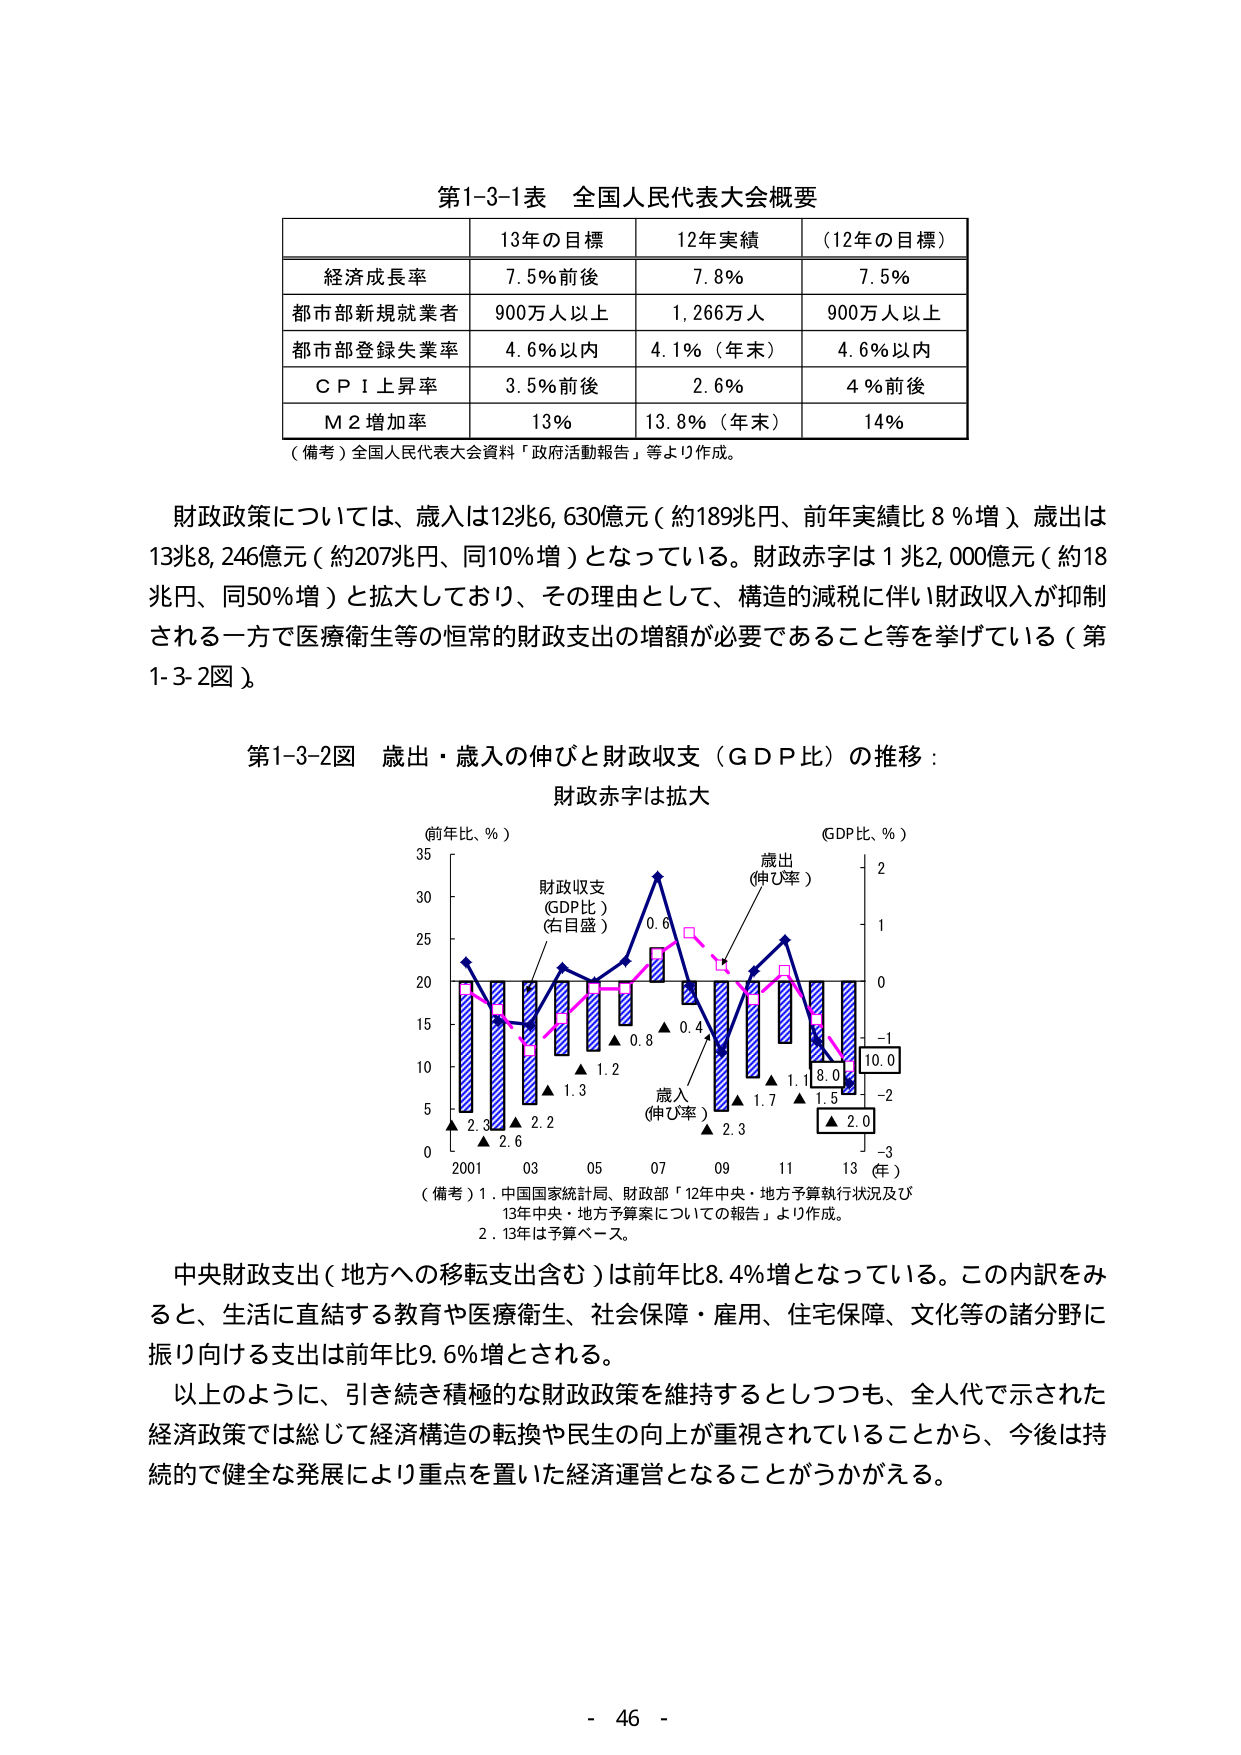
第1-3-1表 全国人民代表大会概要

13年の目標 12年実績 （12年の目標）

経済成長率 7.5％前後 7.8％ 7.5％

都市部新規就業者 900万人以上 1,266万人 900万人以上

都市部登録失業率 4.6％以内 4.1％（年末） 4.6％以内

ＣＰＩ上昇率 3.5％前後 2.6％ 4％前後

Ｍ２増加率 13％ 13.8％（年末） 14％

（備考）全国人民代表大会資料「政府活動報告」等より作成。

財政政策については、歳入は12兆6,630億元（約189兆円、前年実績比8％増）、歳出は13兆8,246億元（約207兆円、同10％増）となっている。財政赤字は1兆2,000億元（約18兆円、同50％増）と拡大しており、その理由として、構造的減税に伴い財政収入が抑制される一方で医療衛生等の恒常的財政支出の増額が必要であること等を挙げている（第1-3-2図）。

第1-3-2図 歳出・歳入の伸びと財政収支（ＧＤＰ比）の推移：財政赤字は拡大

（前年比、％） （GDP比、％）

35
30 財政収支
25 （GDP比）
（右目盛）
20
15
10
5
0
2001 03 05 07 09 11 13（年）

歳出
（伸び率）

0.6
0.4
1.7 1.5
8.0
10.0
-2
-3

歳入
（伸び率）

2.3
2.0

2.3 ▲ 2.6 2.2 ▲ 1.3 ▲ 1.2 ▲ 0.8 ▲ 0.4 ▲ 1.7 ▲ 1.5

（備考）1. 中国国家統計局、財政部「12年中央・地方予算執行状況及び13年中央・地方予算案についての報告」より作成。
2. 13年は予算ベース。

中央財政支出（地方への移転支出含む）は前年比8.4％増となっている。この内訳をみると、生活に直結する教育や医療衛生、社会保障・雇用、住宅保障、文化等の諸分野に振り向ける支出は前年比9.6％増とされる。

以上のように、引き続き積極的な財政政策を維持するとしつつも、全人代で示された経済政策では総じて経済構造の転換や民生の向上が重視されていることから、今後は持続的で健全な発展により重点を置いた経済運営となることがうかがえる。

- 46 -